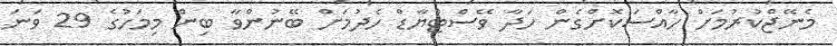
މެނޭޖްކުރުމަށް ހާއްސަކޮށްގެން ހަދާ ވޭސްޓްޔާޑް ހެދުމަށް ބޭނުންވާ ބިން މިމަހުގެ 29 ވަނަ